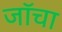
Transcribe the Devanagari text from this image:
जॉचा